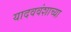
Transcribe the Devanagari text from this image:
यादववंशाच्या